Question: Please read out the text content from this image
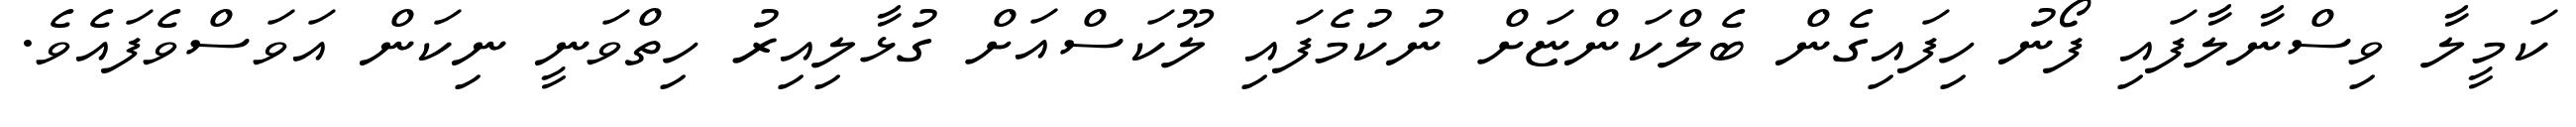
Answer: ކަމީލާ ވިސްނާލާފައި ފޯނު ހިފައިގެން ބެލްކަންޏަށް ނުކުމެފައި ލޫކަސްއަށް ގުޅާލިއިރު ހިތްވަނީ ނިކަން އަވަސްވެފައެވެ.